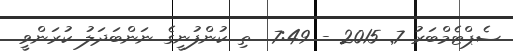
ސެޕްޓެމްބަރު 7